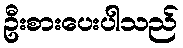
ဦးစားပေးပါသည်